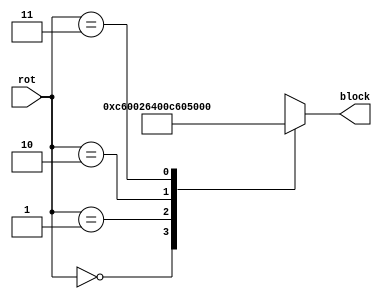
module Z_sel(input[1:0] rot, output reg[0:15] block);
wire[0:15] z0 = 16'b1100011000000000;
wire[0:15] z1 = 16'b0010011001000000;
wire[0:15] z2 = 16'b0000110001100000;
wire[0:15] z3 = 16'b0100110010000000;
always @*
begin
    case(rot)
        0: block = z0;
        1: block = z1;
        2: block = z2;
        3: block = z3;
        default: block = z0;
    endcase
end
endmodule